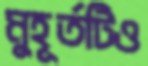
মুহূর্তটিও